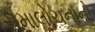
સમાલોચનાનો